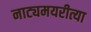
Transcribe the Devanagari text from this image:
नाट्यमयरीत्या